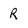
Character: R